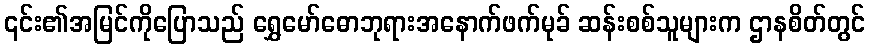
၎င်း၏အမြင်ကိုပြောသည် ရွှေမော်ဓောဘုရားအနောက်ဖက်မုခ် ဆန်းစစ်သူများက ဌာနစိတ်တွင်